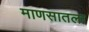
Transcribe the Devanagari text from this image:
माणसातला